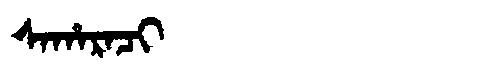
Manchu: ᠰᠠᡥᠠᡵᠠᠴᡳ
Romanization: SAHARACI